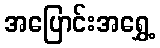
အပြောင်းအရွှေ့